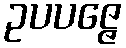
ဥပပဇ္ဇေ